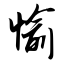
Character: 愉